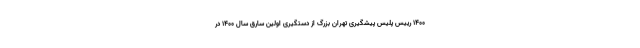
1400 رییس پلیس پیشگیری تهران بزرگ از دستگیری اولین سارق سال ۱۴۰۰ در